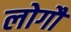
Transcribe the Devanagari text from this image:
लोगौं